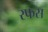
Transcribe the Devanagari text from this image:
रफस